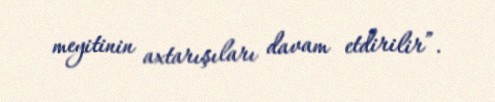
meyitinin axtarışıları davam etdirilir”.